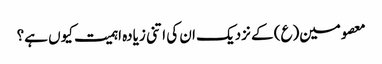
معصومین(ع) کے نزدیک ان کی اتنی زیادہ اہمیت کیوں ہے؟